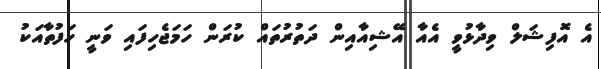
އެ އޮފިޝަލް ވިދާޅުވީ އެއާ އޭޝިއާއިން ދަތުރުތައް ކުރަން ހަމަޖެހިފައި ވަނީ ހަފުތާއަކު